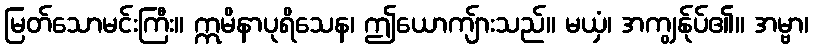
မြတ်သောမင်းကြီး။ ဣမိနာပုရိသေန၊ ဤယောကျ်ားသည်။ မယှံ၊ အကျွန်ုပ်၏။ အမ္ဗာ၊